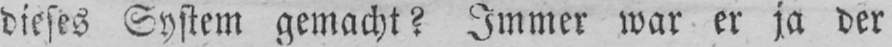
dieses System gemacht? Immer war er ja der